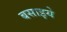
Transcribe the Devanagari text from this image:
बसाइये